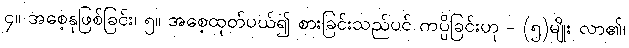
၄။ အစေ့နုဖြစ်ခြင်း၊ ၅။ အစေ့ထုတ်ပယ်၍ စားခြင်းသည်ပင် ကပ္ပိခြင်းဟု - (၅)မျိုး လာ၏၊